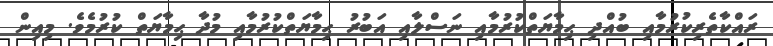
ރައްކާތެރިކުރުމާއި ބުއްދި ޙިމާޔަތްކުރުމާއި ނަސްލާއި އަބުރު ޙިމާޔަތްކުރުމާއި މުދާ ޙިމާޔަތް ކުރުމެވެ. މިއިން